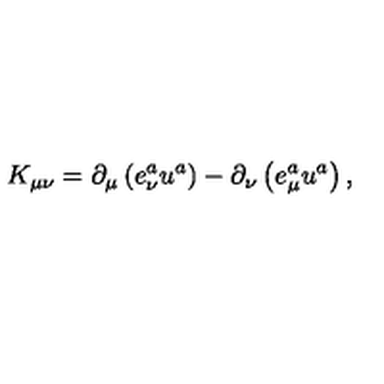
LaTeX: K _ { \mu \nu } = \partial _ { \mu } \left( e _ { \nu } ^ { a } u ^ { a } \right) - \partial _ { \nu } \left( e _ { \mu } ^ { a } u ^ { a } \right) ,